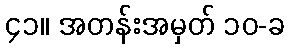
၄၁။ အတန်းအမှတ် ၁၀-ခ